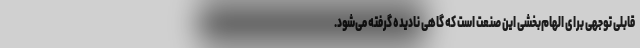
قابلی توجهی برای الهام‌بخشی این صنعت است که گاهی نادیده گرفته‌ می‌شود.